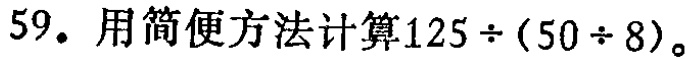
59. 用简便方法计算\(125\div(50\div8)\)。